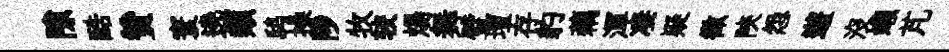
隙酷贊寰遶類鸱操陟牧较煬舞璧壇存豹藕渾凄疑徵陝怨遊沒嬾芃